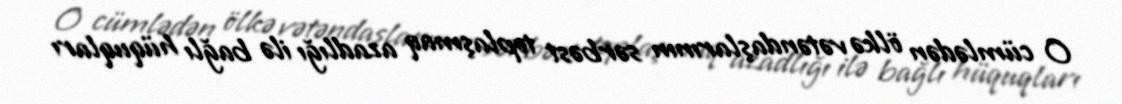
O cümlədən ölkə vətəndaşlarının sərbəst toplaşmaq azadlığı ilə bağlı hüquqları